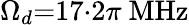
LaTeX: \Omega_{d}{=}17{\cdot}2\pi\ \mathrm{MHz}